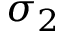
\sigma _ { 2 }